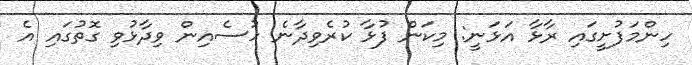
ހިންމަފުށީގައި ރާޅާ އަޅަނީ: މިކަން ފުޅާ ކުރެވިދާނެ ހުސެއިން ވިދާޅުވި ގޮތުގައި އެ